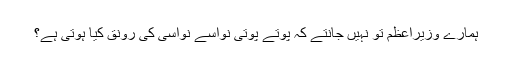
ہمارے وزیراعظم تو نہیں جانتے کہ پوتے پوتی نواسے نواسی کی رونق کیا ہوتی ہے؟